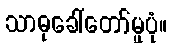
သာဓုခေါ်တော်မူပုံ။